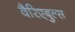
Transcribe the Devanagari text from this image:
वैरिएबुल्स